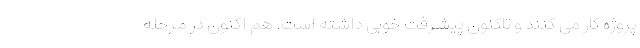
پروژه کار می کنند و تاکنون پیشرفت خوبی داشته است. هم اکنون در مرحله